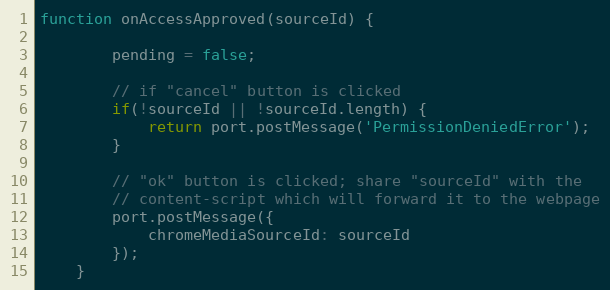
Language: JavaScript
function onAccessApproved(sourceId) {

        pending = false;

        // if "cancel" button is clicked
        if(!sourceId || !sourceId.length) {
            return port.postMessage('PermissionDeniedError');
        }

        // "ok" button is clicked; share "sourceId" with the
        // content-script which will forward it to the webpage
        port.postMessage({
            chromeMediaSourceId: sourceId
        });
    }